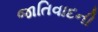
જાતિવાદની